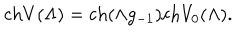
LaTeX: \mathrm { c h } V ( \Lambda ) = \mathrm { c h } ( \wedge g _ { - 1 } ) \mathrm { c h } V _ { 0 } ( \Lambda ) .